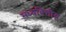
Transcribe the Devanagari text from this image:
मध्यवित्तीय